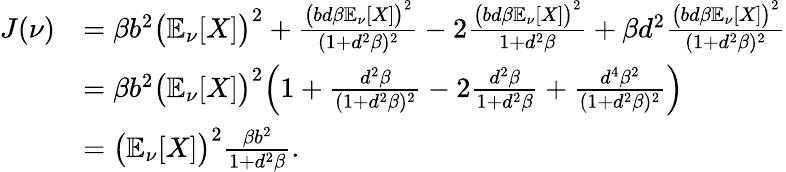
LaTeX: \begin{array}{rl}{J(\nu)}&{=\beta b^{2}\big(\mathbb{E}_{\nu}[X]\big)^{2}+\frac{\big(bd\beta\mathbb{E}_{\nu}[X]\big)^{2}}{(1+d^{2}\beta)^{2}}-2\frac{\big(bd\beta\mathbb{E}_{\nu}[X]\big)^{2}}{1+d^{2}\beta}+\beta d^{2}\frac{\big(bd\beta\mathbb{E}_{\nu}[X]\big)^{2}}{(1+d^{2}\beta)^{2}}}\\ &{=\beta b^{2}\big(\mathbb{E}_{\nu}[X]\big)^{2}\Big(1+\frac{d^{2}\beta}{(1+d^{2}\beta)^{2}}-2\frac{d^{2}\beta}{1+d^{2}\beta}+\frac{d^{4}\beta^{2}}{(1+d^{2}\beta)^{2}}\Big)}\\ &{=\big(\mathbb{E}_{\nu}[X]\big)^{2}\frac{\beta b^{2}}{1+d^{2}\beta}.}\end{array}